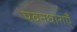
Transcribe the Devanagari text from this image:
पवनधाराएँ